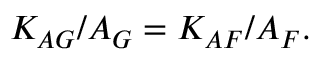
K _ { A G } / A _ { G } = K _ { A F } / A _ { F } .